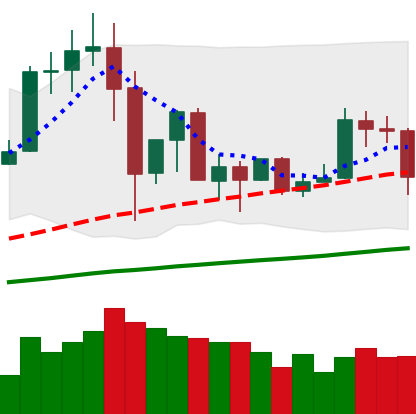
Ticker: TRX-USD
Chart end date: 2019-07-10
Forward return: -20.873%
Label: down_7plus